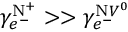
\gamma _ { e ^ { - } } ^ { \mathrm { N } ^ { + } } > > \gamma _ { e ^ { - } } ^ { \mathrm { N } V ^ { 0 } }